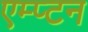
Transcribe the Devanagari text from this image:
एम्प्टन